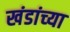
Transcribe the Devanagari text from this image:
खंडांच्‍या